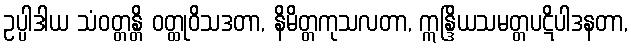
ဥပ္ပါဒါယ သံဝတ္တန္တိ ဝတ္ထုဝိသဒတာ, နိမိတ္တကုသလတာ, ဣန္ဒြိယသမတ္တပဋိပါဒနတာ,